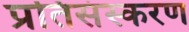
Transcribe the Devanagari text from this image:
प्रतिसंस्करण